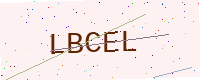
Text: LBCEL